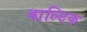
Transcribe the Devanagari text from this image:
बाल्‍टिक